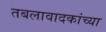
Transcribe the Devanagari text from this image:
तबलावादकांच्या